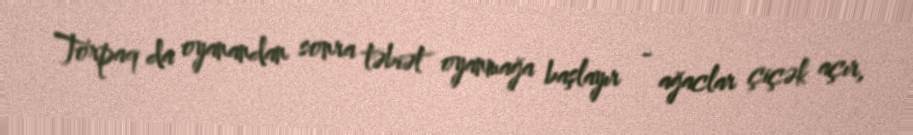
Torpaq da oyanandan sonra təbiət oyanmağa başlayır - ağaclar çiçək açır,